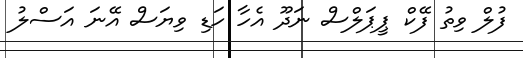
ފުލް ވިތު ފޭކް ޕީޕަލްސް ނަދޫ އެހާ ހަޑި ވިޔަސް އޭނަ އަސްލު